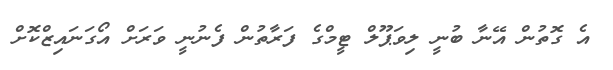
އެ ގޮތުން އޭނާ ބުނީ ލިވަޕޫލް ޓީމްގެ ފަރާތުން ފެނުނީ ވަރަށް އޯގަނައިޒްކޮށް